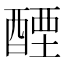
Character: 𬪭